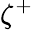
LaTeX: \zeta^{+}